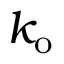
k _ { \mathrm { o } }